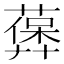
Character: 𦽻